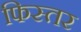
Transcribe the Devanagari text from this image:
फिस्तर